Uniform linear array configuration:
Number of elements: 8
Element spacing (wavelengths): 0.25
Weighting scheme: uniform
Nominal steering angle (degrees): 0
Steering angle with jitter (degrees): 0.02514
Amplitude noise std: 0.05
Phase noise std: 0.05

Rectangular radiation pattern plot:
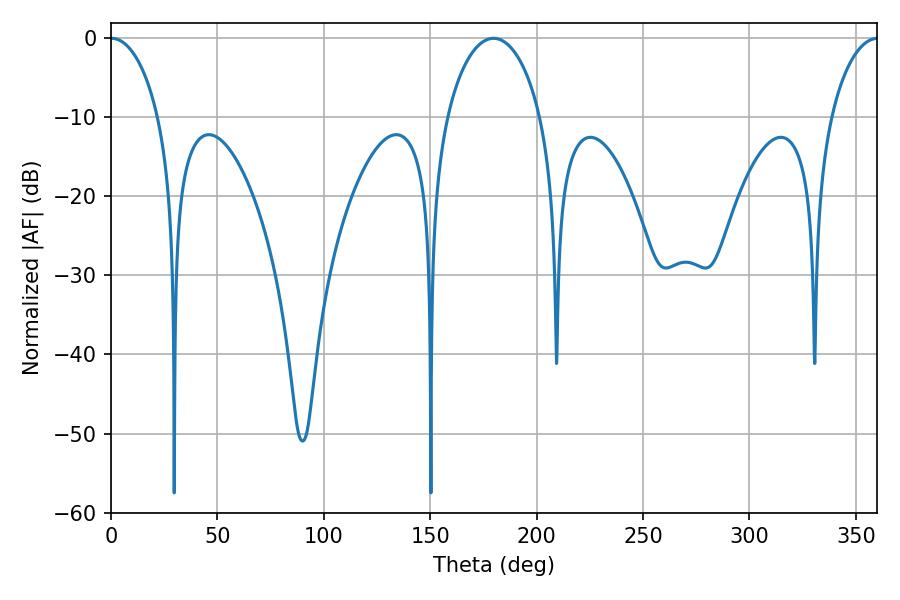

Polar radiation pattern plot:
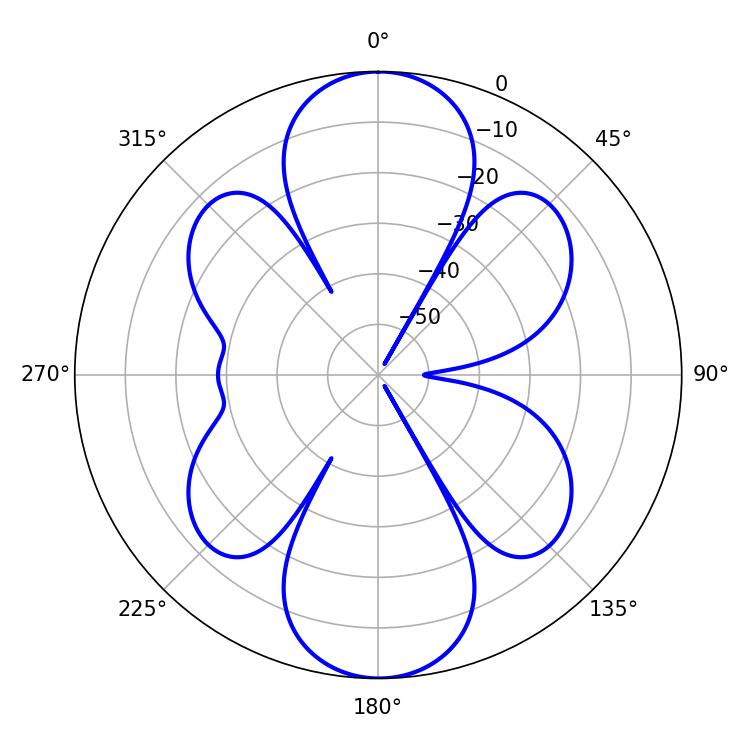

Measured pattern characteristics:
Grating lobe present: FALSE
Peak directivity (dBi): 24.786
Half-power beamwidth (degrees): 12.96
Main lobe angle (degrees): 0.18